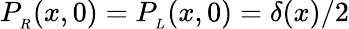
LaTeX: P_{_R}(x,0)=P_{_L}(x,0)=\delta(x)/2